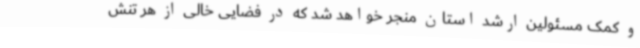
و کمک مسئولین ارشد استان منجر خواهد شد که در فضایی خالی از هر تنش